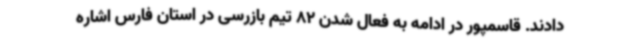
دادند. قاسمپور در ادامه به فعال شدن 82 تیم بازرسی در استان فارس اشاره